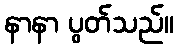
နာနာ ပွတ်သည်။